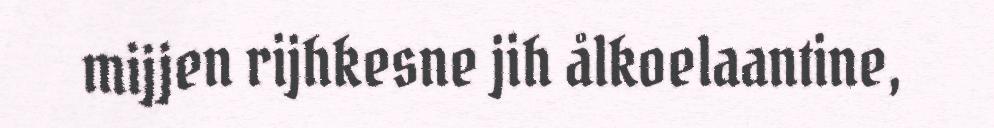
mijjen rijhkesne jih ålkoelaantine,